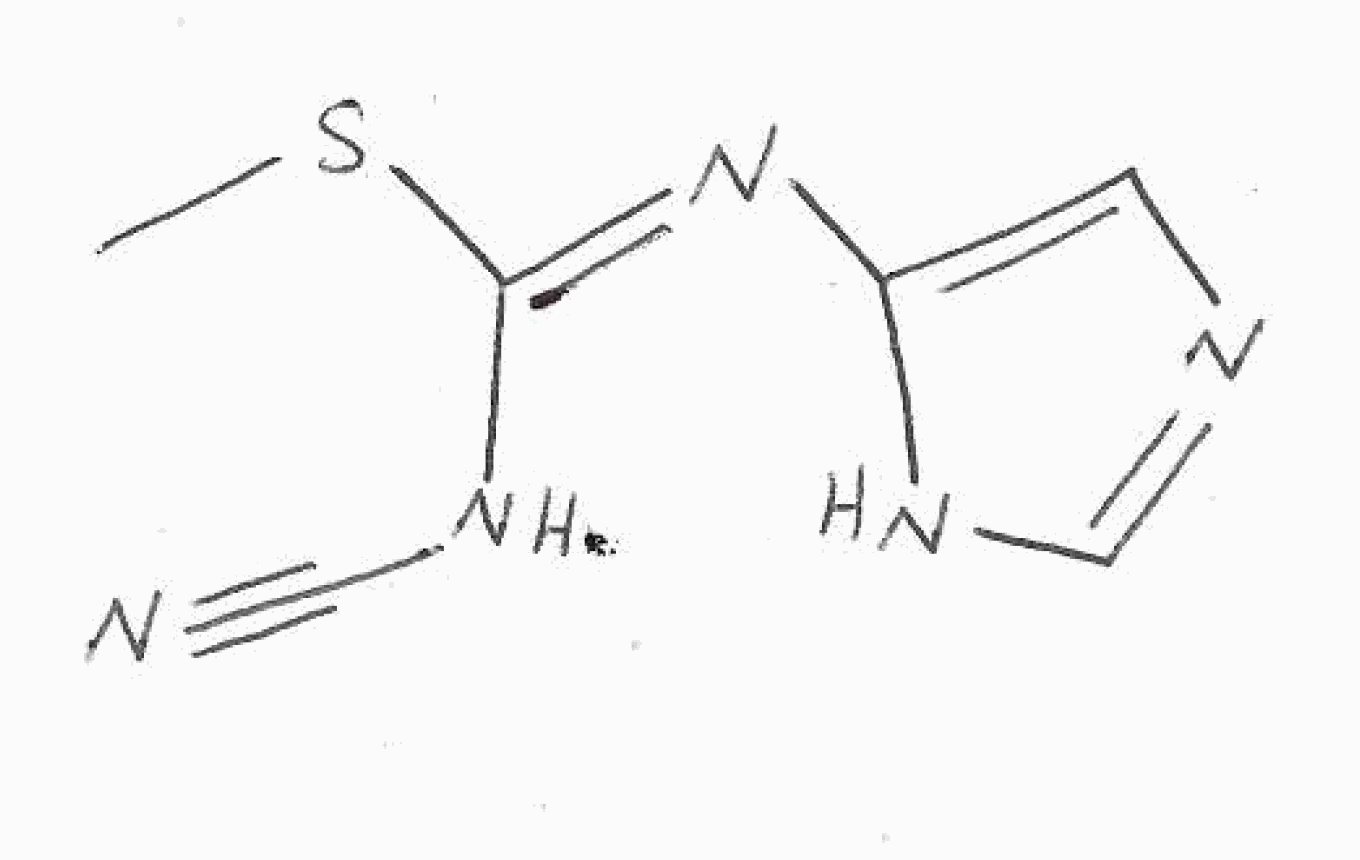
Simplified molecular-input line-entry system (SMILES) notation of the given molecule:
CS/C(=N/C1=CN=CN1)/NC#N